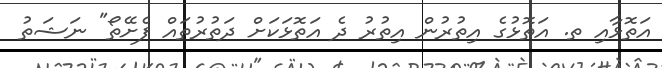
އަތޮޅާއި ތ. އަތޮޅުގެ އިތުރުން އިތުރު ދެ އަތޮޅަކަށް ދަތުރުތައް ފެށޭތޯ" ނަޝަތު